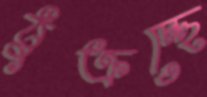
ঠুক্‌রচ্ছে